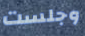
وجلست